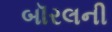
બૉરલની